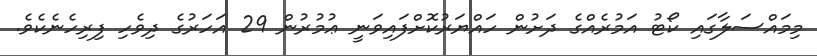
މިމައްސަލާގައި ކޯޓު އަމުރެއްގެ ދަށުން ހައްޔަރުކޮށްފައިވަނީ ޢުމުރުން 29 އަހަރުގެ ދިވެހި ފިރިހެނެކެވެ.